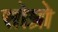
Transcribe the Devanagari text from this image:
सोम्रो